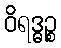
ဝိရဒ္ဓဉ္စ